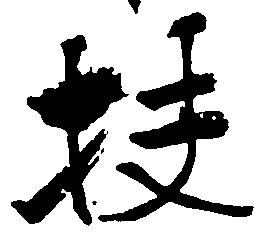
扶